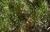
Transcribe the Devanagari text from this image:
सिडलला